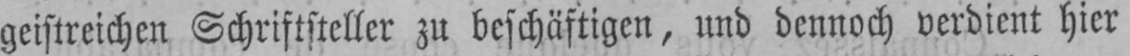
geistreichen Schriftsteller zu beschäftigen, und dennoch verdient hier